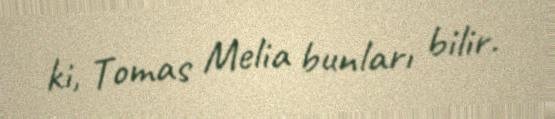
ki, Tomas Melia bunları bilir.